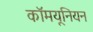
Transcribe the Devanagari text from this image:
कॉमयूनियन